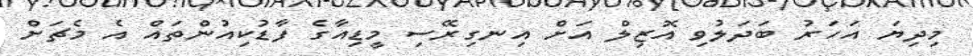
މިދިޔަ އަހަރު ބަދަލުވި އޮޒިލް އަށް އިނގިރޭސި މީޑިއާގެ ފާޑުކިއުންތައް އެ މެޗަށް